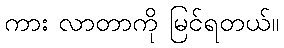
ကား လာတာကို မြင်ရတယ်။